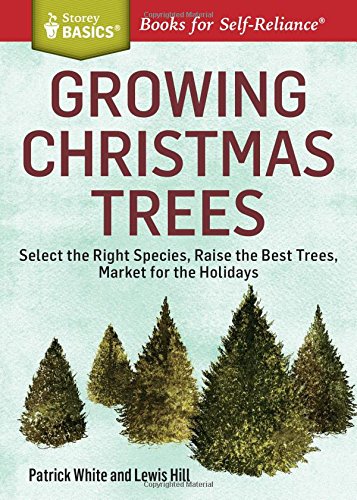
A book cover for Growing Christmas Trees: Select the Right Species, Raise the Best Trees, Market for the Holidays. A Storey BASICSÂ® Title; Patrick White; Crafts, Hobbies & Home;